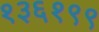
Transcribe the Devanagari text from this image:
१३६१९९